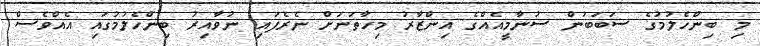
މި ބިންހެލުމުގެ ސަބަބުން ސުނާމީއެއްގެ އިންޒާރު މިހާތަނަށް ނެރެފައި ނުވާއިރު ބިންހެލުމުގައި އެއްވެސް